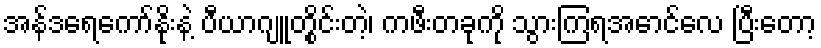
အန်ဒရေကော်နိုးနဲ့ ပီယာဂျူတွိုင်းတဲ့၊ ကဖီးတခုကို သွားကြရအောင်လေ ပြီးတော့